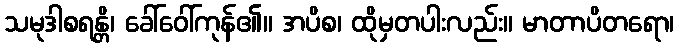
သမုဒါစရန္တိ၊ ခေါ်ဝေါ်ကုန်၏။ အပိစ၊ ထိုမှတပါးလည်း။ မာတာပိတရော၊